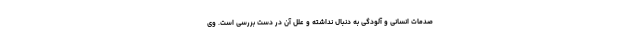
صدمات انسانی و آلودگی به دنبال نداشته و علل آن در دست بررسی است. وی